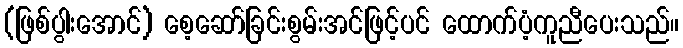
(ဖြစ်ပွါးအောင်) စေ့ဆော်ခြင်းစွမ်းအင်ဖြင့်ပင် ထောက်ပံ့ကူညီပေးသည်။